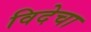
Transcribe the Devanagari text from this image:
विदेचा